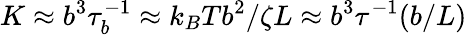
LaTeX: K\approx b^{3}\tau_{b}^{-1}\approx{k_{B}Tb^{2}}/{\zeta L}\approx b^{3}\tau^{-1}(b/L)